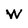
Character: W